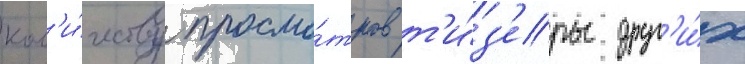
кол'и́честву просмо́тров т'и́з'еры друг'и́х